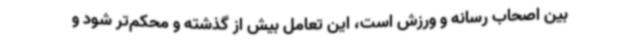
بین اصحاب رسانه و ورزش است، این تعامل بیش از گذشته و محکم‌تر شود و